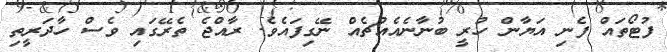
ފުޓޯތައް ފެނި އަަޔާން ހުރީ ބުނާނެއެއްޗެއް ނޭގިފައެވެ. ރާއްޖެ ތެރޭގައި ވެސް ހާދަރީތި